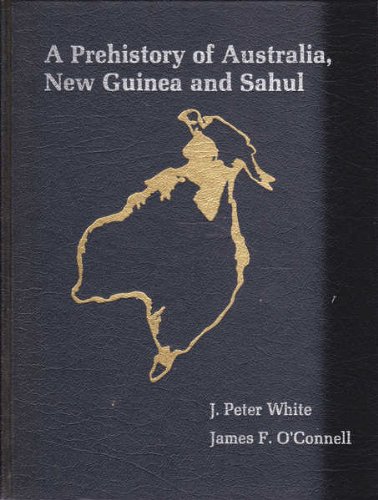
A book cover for Prehistory of Australia, New Guinea and Sahul; Peter J. White; History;